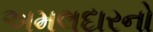
અમલદારનો